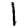
Digit: 1